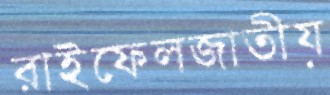
রাইফেলজাতীয়